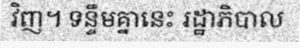
វិញ។ ទន្ទឹមគ្នានេះ រដ្ឋាភិបាល